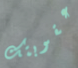
عقوبتك